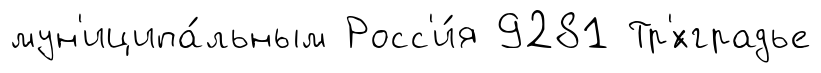
мун'иципа́льным Росс'и́я 9281 Тр'́хградье